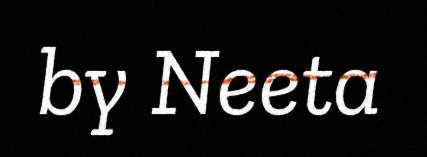
by Neeta